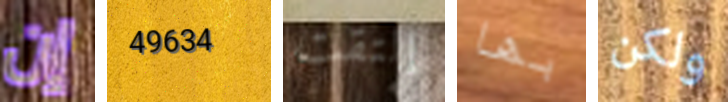
إن 49634 إلتقت بها ولكن